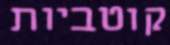
קוטביות